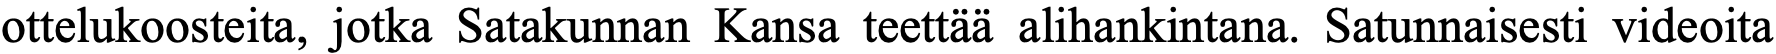
ottelukoosteita, jotka Satakunnan Kansa teettää alihankintana. Satunnaisesti videoita